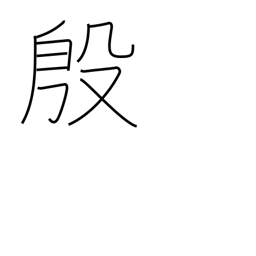
Meaning: flourishing